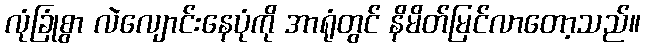
လုံခြုံစွာ လဲလျောင်းနေပုံကို အာရုံတွင် နိမိတ်မြင်လာတော့သည်။